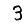
Digit: 3